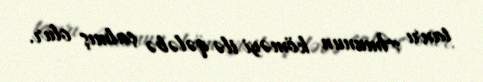
tanrı Amunun köməyi ilə qələbə çalmış olur.